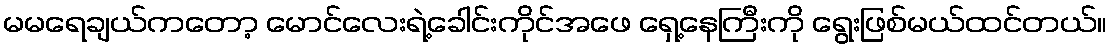
မမရေချယ်ကတော့ မောင်လေးရဲ့ခေါင်းကိုင်အဖေ ရှေ့နေကြီးကို ရွေးဖြစ်မယ်ထင်တယ်။